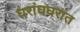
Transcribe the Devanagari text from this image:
घरांघघरांत